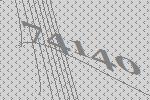
74140